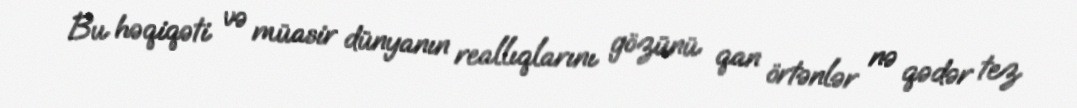
Bu həqiqəti və müasir dünyanın reallıqlarını gözünü qan örtənlər nə qədər tez